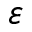
\varepsilon